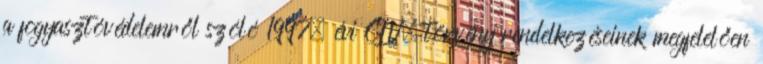
a fogyasztóvédelemről szóló 1997. évi CLV. törvény rendelkezéseinek megfelelően